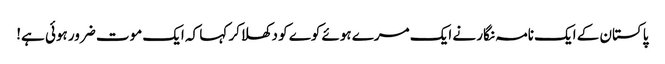
پاکستان کے ایک نامہ نگار نے ایک مرے ہوئے کوے کو دکھلاکر کہا کہ ایک موت ضرور ہوئی ہے!